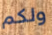
ولكم